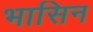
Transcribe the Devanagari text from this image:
भासिन